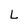
Character: L